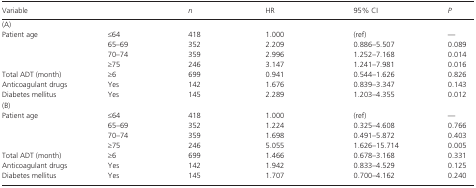
<table><thead><tr><td><b>Variable</b></td><td></td><td><b><i>n</i></b></td><td><b>HR</b></td><td><b>95% CI</b></td><td><b><i>P</i></b></td></tr></thead><tbody><tr><td colspan="6">(A)</td></tr><tr><td rowspan="4">Patient age</td><td>≤64</td><td>418</td><td>1.000</td><td>(ref)</td><td>—</td></tr><tr><td>65–69</td><td>352</td><td>2.209</td><td>0.886–5.507</td><td>0.089</td></tr><tr><td>70–74</td><td>359</td><td>2.996</td><td>1.252–7.168</td><td>0.014</td></tr><tr><td>≥75</td><td>246</td><td>3.147</td><td>1.241–7.981</td><td>0.016</td></tr><tr><td>Total ADT (month)</td><td>≥6</td><td>699</td><td>0.941</td><td>0.544–1.626</td><td>0.826</td></tr><tr><td>Anticoagulant drugs</td><td>Yes</td><td>142</td><td>1.676</td><td>0.839–3.347</td><td>0.143</td></tr><tr><td>Diabetes mellitus</td><td>Yes</td><td>145</td><td>2.289</td><td>1.203–4.355</td><td>0.012</td></tr><tr><td colspan="6">(B)</td></tr><tr><td rowspan="4">Patient age</td><td>≤64</td><td>418</td><td>1.000</td><td>(ref)</td><td>—</td></tr><tr><td>65–69</td><td>352</td><td>1.224</td><td>0.325–4.608</td><td>0.766</td></tr><tr><td>70–74</td><td>359</td><td>1.698</td><td>0.491–5.872</td><td>0.403</td></tr><tr><td>≥75</td><td>246</td><td>5.055</td><td>1.626–15.714</td><td>0.005</td></tr><tr><td>Total ADT (month)</td><td>≥6</td><td>699</td><td>1.466</td><td>0.678–3.168</td><td>0.331</td></tr><tr><td>Anticoagulant drugs</td><td>Yes</td><td>142</td><td>1.942</td><td>0.833–4.529</td><td>0.125</td></tr><tr><td>Diabetes mellitus</td><td>Yes</td><td>145</td><td>1.707</td><td>0.700–4.162</td><td>0.240</td></tr></tbody></table>